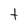
Character: t